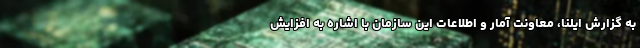
به گزارش ایلنا، معاونت آمار و اطلاعات این سازمان با اشاره به افزایش